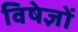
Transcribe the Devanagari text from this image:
विषेज्ञों